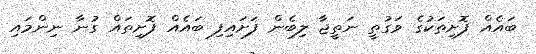
ބައެއް ފޮށިތަކުގެ ވަގުތީ ނަތީޖާ ލިބެން ފަށައިފި ބައެއް ފޮށިތައް ގުނާ ނިންމައި